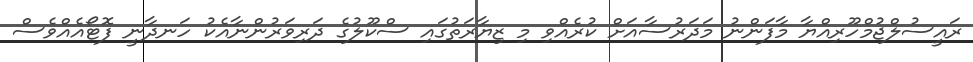
ރައީސުލްޖުމްހޫރިއްޔާ މާފަންނު މަދަރުސާއަށް ކުރެއްވި މި ޒިޔާރަތުގައި ސްކޫލުގެ ދަރިވަރުންނާއެކު ހަނދާނީ ފޮޓޯއެއްވެސް